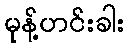
မုန့်ဟင်းခါး